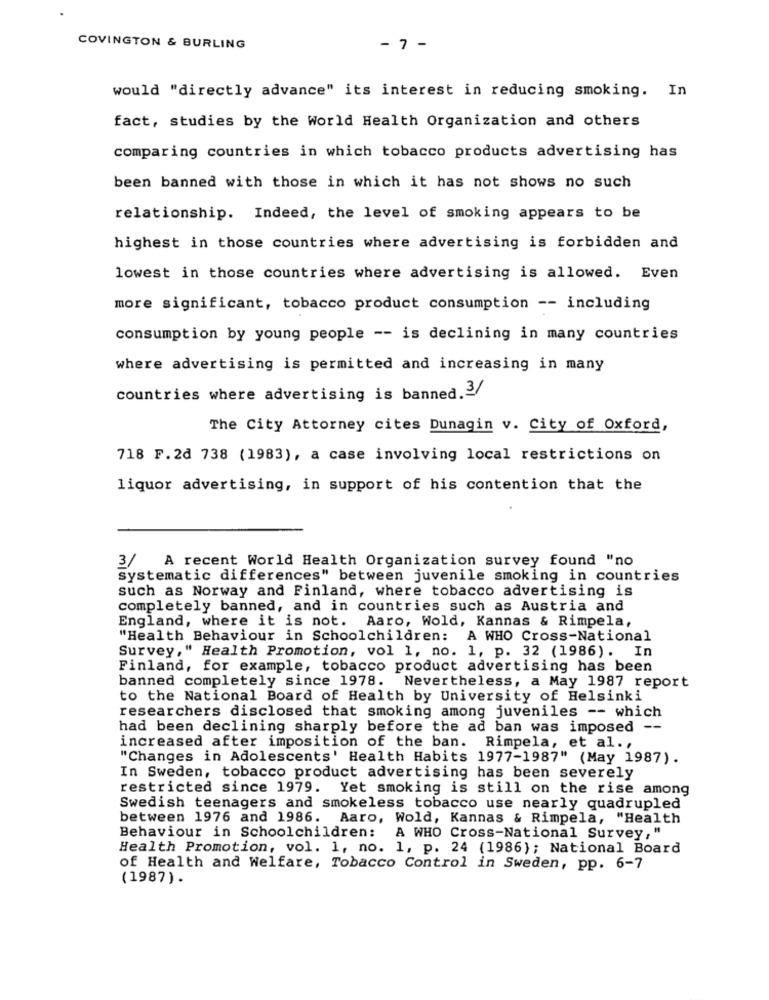
COVINGTON & BURLING
- 7 -
would "directly advance" its interest in reducing smoking. In
fact, studies by the world Health Organization and others
comparing countries in which tobacco products advertising has
been banned with those in which it has not shows no such
relationship. Indeed, the level of smoking appears to be
highest in those countries where advertising is forbidden and
lowest in those countries where advertising is allowed. Even
more significant, tobacco product consumption -- including
consumption by young people -- is declining in many countries
where advertising is permitted and increasing in many
countries where advertising is banned.3/
The City Attorney cites Dunagin v. City of Oxford,
718 F.2d 738 (1983), a case involving local restrictions on
liquor advertising, in support of his contention that the
3/ A recent World Health Organization survey found "no
systematic differences" between juvenile smoking in countries
such as Norway and Finland, where tobacco advertising is
completely banned, and in countries such as Austria and
England, where it is not. Aaro, Wold, Kannas & Rimpela,
"Health Behaviour in Schoolchildren: A WHO Cross-National
Survey," Health Promotion, vol 1, no. 1, p. 32 (1986). In
Finland, for example, tobacco product advertising has been
banned completely since 1978. Nevertheless, a May 1987 report
to the National Board of Health by University of Helsinki
researchers disclosed that smoking among juveniles -- which
had been declining sharply before the ad ban was imposed --
increased after imposition of the ban. Rimpela, et al .,
"Changes in Adolescents' Health Habits 1977-1987" (May 1987).
In Sweden, tobacco product advertising has been severely
restricted since 1979. Yet smoking is still on the rise among
Swedish teenagers and smokeless tobacco use nearly quadrupled
between 1976 and 1986. Aaro, Wold, Kannas & Rimpela, "Health
Behaviour in Schoolchildren:
A WHO Cross-National Survey, "
Health Promotion, vol. 1, no. 1, p. 24 (1986); National Board
of Health and Welfare, Tobacco Control in Sweden, pp. 6-7
(1987).